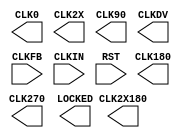
//    Xilinx Proprietary Primitive Cell X_CLKDLLE for Verilog
//
// $Header: /devl/xcs/repo/env/Databases/CAEInterfaces/verplex_libs/data/simprims/X_CLKDLLE.v,v 1.8.128.3 2004/09/28 20:47:45 wloo Exp $
//

`celldefine
`timescale 1 ps/1 ps

module X_CLKDLLE (CLK0, CLK180, CLK270, CLK2X, CLK2X180, CLK90, CLKDV,
                LOCKED,
                CLKFB, CLKIN, RST);

parameter CLKDV_DIVIDE = 2.0;
parameter DUTY_CYCLE_CORRECTION = "TRUE";
parameter FACTORY_JF = 16'hC080;		// non-simulatable
parameter STARTUP_WAIT = "FALSE";		// non-simulatable

input  CLKIN, CLKFB, RST;
output CLK0, CLK90, CLK180, CLK270, CLK2X, CLK2X180, CLKDV;
output LOCKED;

endmodule